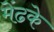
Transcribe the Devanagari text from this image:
मेंढके